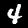
Label: 4